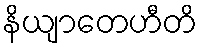
နိယျာတေဟီတိ